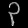
Digit: ၃